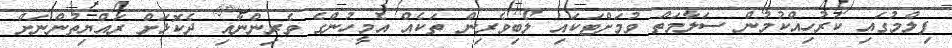
ފިލްމުގައި ކަރުހިއްކުމުން ސަލާމަތް ވުމަށްޓަކައި ލޯބިވެރިން ތަކެއް އެމީހުންގެ ވެރިންނާއި ދެކޮޅަށް ރައްޔިތުންނަށް